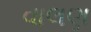
વાલણ